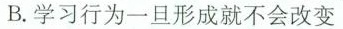
B.学习行为一旦形成就不会改变